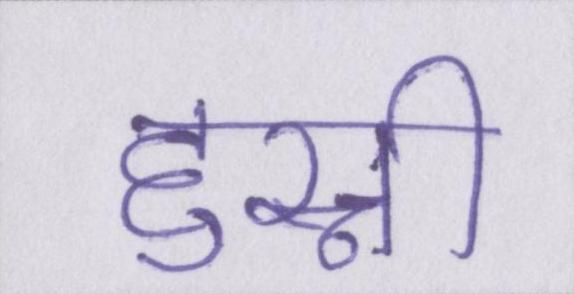
हुस्नी